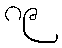
၈၉